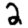
Digit: 2